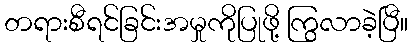
တရားစီရင်ခြင်းအမှုကိုပြုဖို့ ကြွလာခဲ့ပြီ။